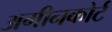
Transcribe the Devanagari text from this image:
अगीनकोर्ट